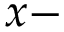
x -